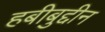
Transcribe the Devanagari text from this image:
हबीबुद्दीन